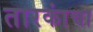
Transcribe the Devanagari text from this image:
तारकांचा